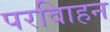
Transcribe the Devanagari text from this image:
परविाहन